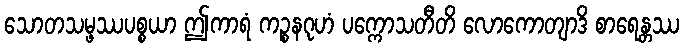
သောတသမ္ဖဿပစ္စယာ ဤကာရံ ကဉ္စနဂုဟံ ပက္ကောသတီတိ လောကောတျာဒိ စာရေန္တဿ